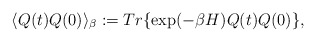
\begin{align*}\langle Q(t)Q(0) \rangle _{\beta} := Tr \{ \exp(-\beta H) Q(t)Q(0) \} ,\end{align*}